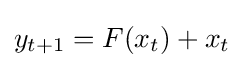
{\textstyle y_{t+1}=F(x_{t})+x_{t}}